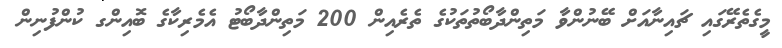
މީގެތެރޭގައި ޗައިނާއަށް ބޭނުންވާ މަތިންދާބޯތުތަކުގެ ތެރެއިން 200 މަތިންދާބޯޓު އެމެރިކާގެ ބޮއިންގ ކުންފުނިން